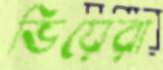
ভিয়েরা